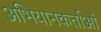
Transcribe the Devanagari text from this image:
अभियानकर्ताओं